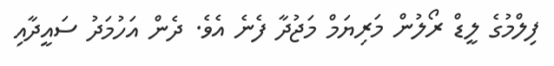
ފިލްމުގެ ލީޑް ރޯލުން މަރިޔަމް މަޖުދާ ފެނެ އެވެ. ދެން އަހުމަދު ސައީދާއި